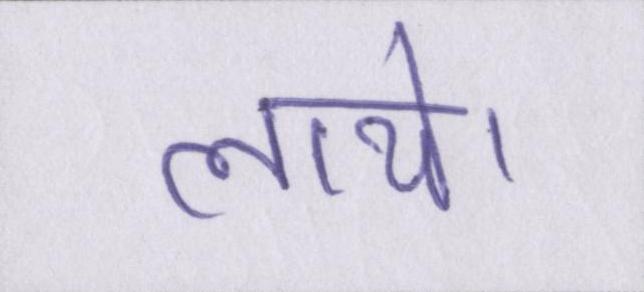
लाये।